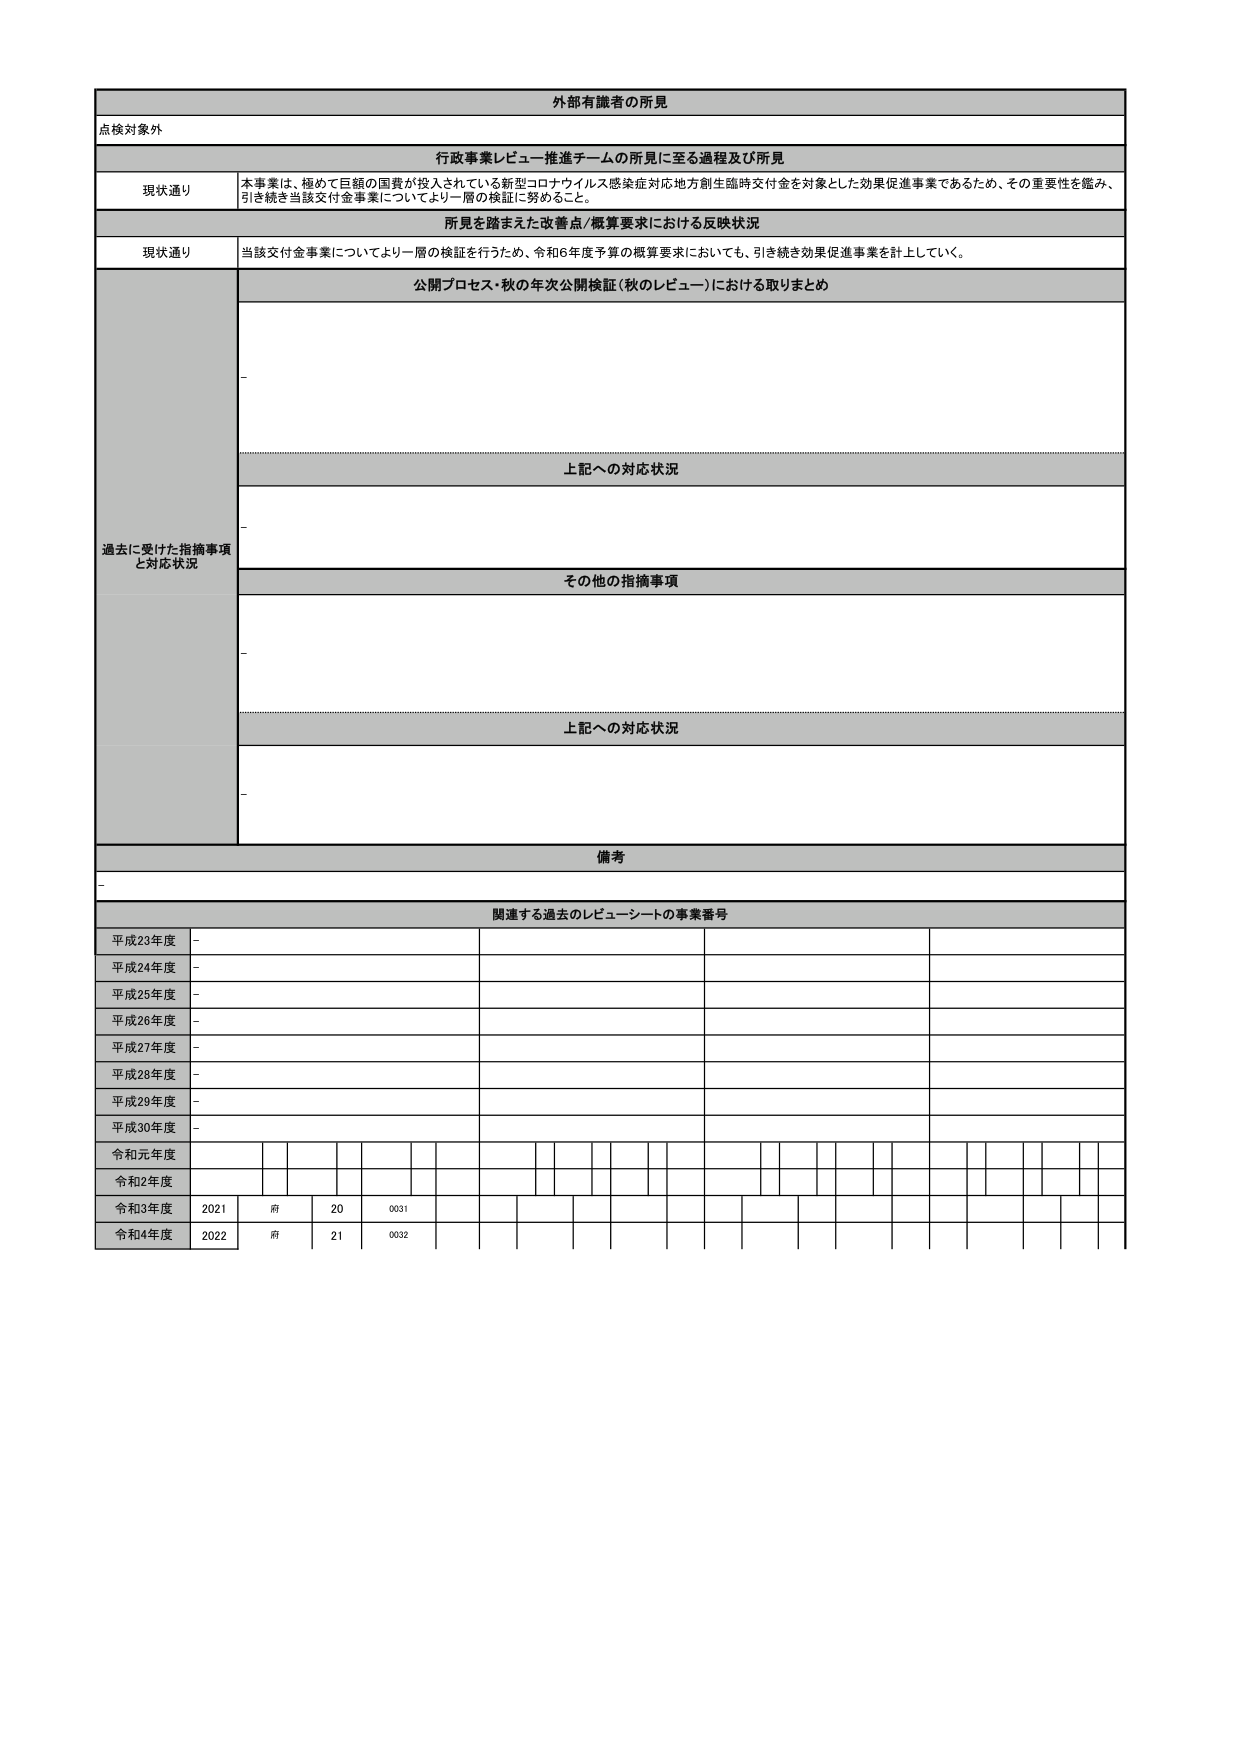
外部有識者の所見
点検対象外

行政事業レビュー推進チームの所見に至る過程及び所見
現状通り 本事業は、極めて巨額の国費が投入されている新型コロナウイルス感染症対応地方創生臨時交付金を対象とした効果促進事業であるため、その重要性を鑑み、引き続き当該交付金事業についてより一層の検証に努めること。

所見を踏まえた改善点/概算要求における反映状況
現状通り 当該交付金事業についてより一層の検証を行うため、令和6年度予算の概算要求においても、引き続き効果促進事業を計上していく。

過去に受けた指摘事項と対応状況
公開プロセス・秋の年次公開検証（秋のレビュー）における取りまとめ
-

上記への対応状況
-

その他の指摘事項
-

上記への対応状況
-

備考
-

関連する過去のレビューシートの事業番号
平成23年度 -
平成24年度 -
平成25年度 -
平成26年度 -
平成27年度 -
平成28年度 -
平成29年度 -
平成30年度 -
令和元年度
令和2年度
令和3年度 2021 府 20 0031
令和4年度 2022 府 21 0032